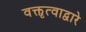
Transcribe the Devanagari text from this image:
वक्तृत्वाद्वारे